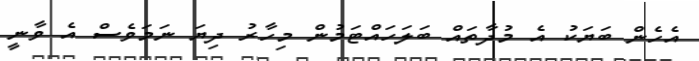
އެހެން ބަޔަކު އެ މުދާތައް ބަލަހައްޓަމުން މިހާރު ދިޔަ ނަމަވެސް އެ ވާނީ